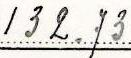
132.73